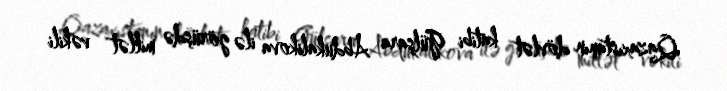
Qazaxıstanın dövlət katibi Gülşara Abdukalikova ilə görüşdə millət vəkili